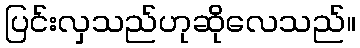
ပြင်းလှသည်ဟုဆိုလေသည်။